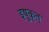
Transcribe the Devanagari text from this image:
इषुकृत्